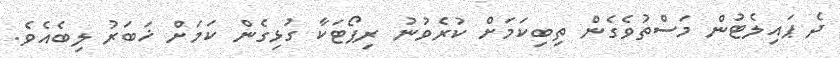
ދެ ޕައިލެޓުން މަސްތުވެގެން ތިބިކަމަށް ކުރެވުނު ރިޕޯޓަކާ ގުޅިގެން ކަމަށް ޚަބަރު ލިބެއެވެ.